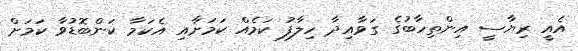
އެއީ ރިޔާސީ އިންތިހާބުގެ ގަވާއިދާ ހިލާފު ކަމެއް ކަމަށާއި އެކަމާ ކަންބޮޑުވާ ކަމަށް